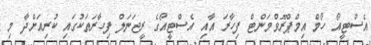
އެސްޓީއޯ ހޯމް އިމްޕްރޫވްމަންޓް ފިހާރަ އާއި އެސްޓީއޯގެ ރީޖަނަލް ފިހާރަތަކުގައި ކުރިއަށްދާ މި